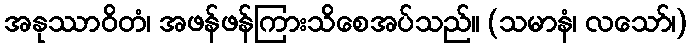
အနုဿာဝိတံ၊ အဖန်ဖန်ကြားသိစေအပ်သည်။ (သမာနံ၊ လသော်၊)